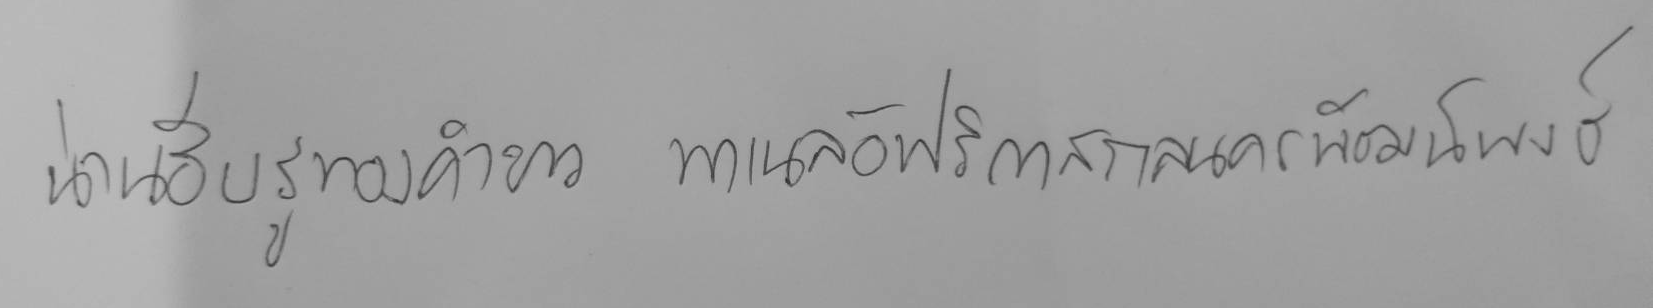
น่านฮีบรูทองคำขาว พาเนลอัฟริกาสกลนครพัฒน์พงษ์